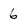
Character: 6